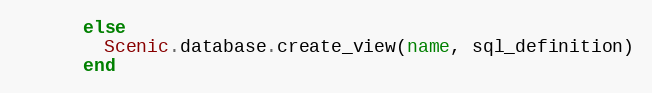
Language: Ruby
      else
        Scenic.database.create_view(name, sql_definition)
      end